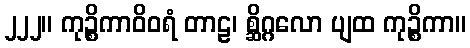
၂၂၂။ ကုဉ္စိကာဝိဝရံ တာဠ၊ စ္ဆိဂ္ဂလော ပျထ ကုဉ္စိကာ။